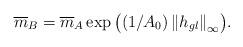
LaTeX: \begin{align*}\overline m _B = \overline m _A \exp \big({\left( {1/A_0 } \right)\left\| {h_{gl} } \right\|_\infty } \big).\end{align*}